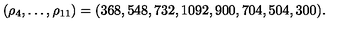
( \rho _ { 4 } , \ldots , \rho _ { 1 1 } ) = ( 3 6 8 , 5 4 8 , 7 3 2 , 1 0 9 2 , 9 0 0 , 7 0 4 , 5 0 4 , 3 0 0 ) .